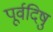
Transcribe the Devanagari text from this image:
पूर्वदिषु